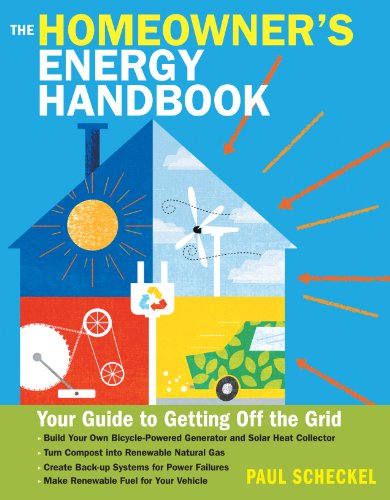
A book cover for The Homeowner's Energy Handbook: Your Guide to Getting Off the Grid; Paul Scheckel; Crafts, Hobbies & Home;